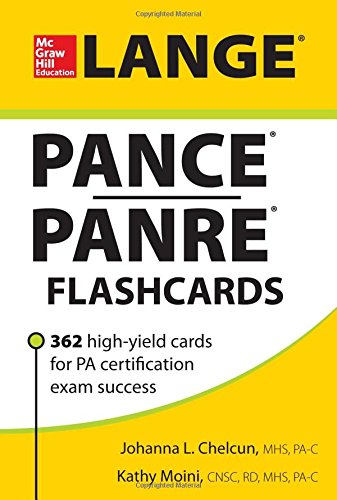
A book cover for LANGE PANCE/PANRE Flashcards; Johanna L. Chelcun; Medical Books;